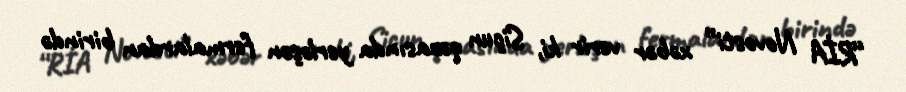
“RİA Novosti” xəbər verir ki, Siçun qəzasında yerləşən fermalardan birində